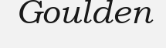
Goulden